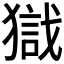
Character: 𱮙